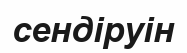
сендіруін